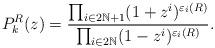
LaTeX: \begin{align*}P^R_k(z) = {\frac{ \prod_{i \in 2\mathbb{N}+1} (1+z^i)^{\varepsilon_i(R)} }{ \prod_{i \in 2\mathbb{N}} (1-z^i)^{\varepsilon_i(R)} } }.\end{align*}